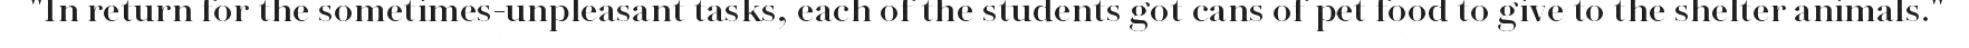
"In return for the sometimes-unpleasant tasks, each of the students got cans of pet food to give to the shelter animals."